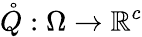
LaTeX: \mathring{Q}:\Omega\rightarrow\mathbb{R}^{c}